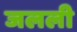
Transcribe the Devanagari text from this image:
जलली